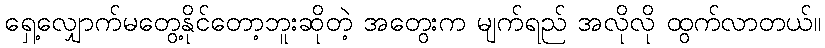
ရှေ့လျှောက်မတွေ့နိုင်တော့ဘူးဆိုတဲ့ အတွေးက မျက်ရည် အလိုလို ထွက်လာတယ်။